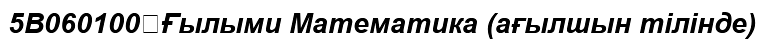
5B060100	Ғылыми Математика (ағылшын тілінде)